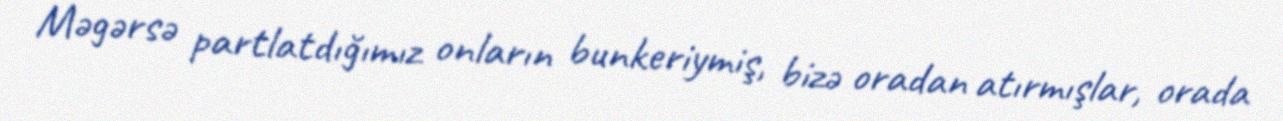
Məgərsə partlatdığımız onların bunkeriymiş, bizə oradan atırmışlar, orada